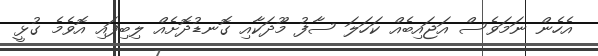
އެހެން ނަމަވެސް އަޖައިބެއް ކަހަލަ ސާފު މޫދަކާއި ގޮނޑުދޮށެއް ލިބިފައި އޮވެމެ ގުޅީ